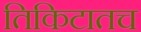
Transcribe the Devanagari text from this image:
तिकिटातच